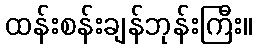
ထန်းစန်းချန်ဘုန်းကြီး။